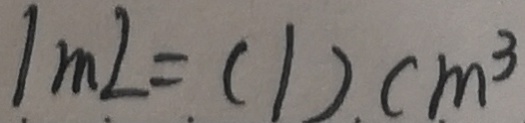
1 m L = ( 1 ) c m ^ { 3 }